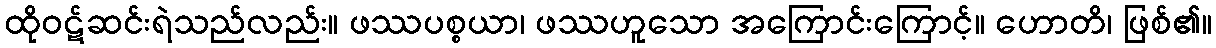
ထိုဝဋ်ဆင်းရဲသည်လည်း။ ဖဿပစ္စယာ၊ ဖဿဟူသော အကြောင်းကြောင့်။ ဟောတိ၊ ဖြစ်၏။